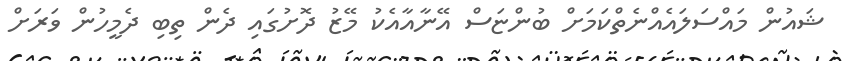
ޝައުން މައްސަލައެއްނެތްކަމަށް ބުންޏަސް އޭނާއާއެކު މޭޒު ދޮށުގައި ދެން ތިބި ދެމީހުން ވަރަށް